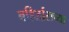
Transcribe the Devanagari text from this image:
बहिर्द्वाराच्या